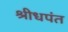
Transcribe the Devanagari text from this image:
श्रीधपंत